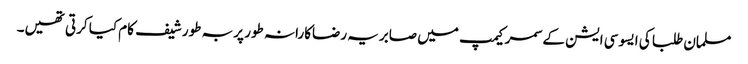
مسلمان طلبا کی ایسوسی ایشن کے سمر کیمپ میں صابریہ رضاکارانہ طور پر بہ طور شیف کام کیا کرتی تھیں۔